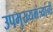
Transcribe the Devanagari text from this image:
उपमुख्यमंत्र्यांनी